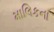
માલિકના